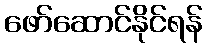
ဖော်ဆောင်နိုင်ရန်